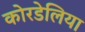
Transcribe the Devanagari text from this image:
कोरडेलिया